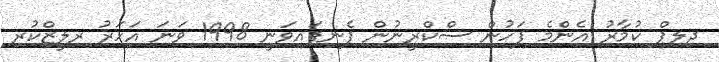
ދިލިޕް ކުމާރު އެންމެ ފަހުން ސްކްރީނުން ފެނިފައިވަނީ 1998 ވަނަ އަހަރު ރިލީޒްކުރި